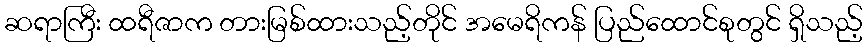
ဆရာကြီး ထရီဇာက တားမြစ်ထားသည့်တိုင် အမေရိကန် ပြည်ထောင်စုတွင် ရှိသည့်